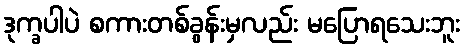
ဒုက္ခပါပဲ စကားတစ်ခွန်းမှလည်း မပြောရသေးဘူး